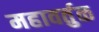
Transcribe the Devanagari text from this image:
महावर्तुळ